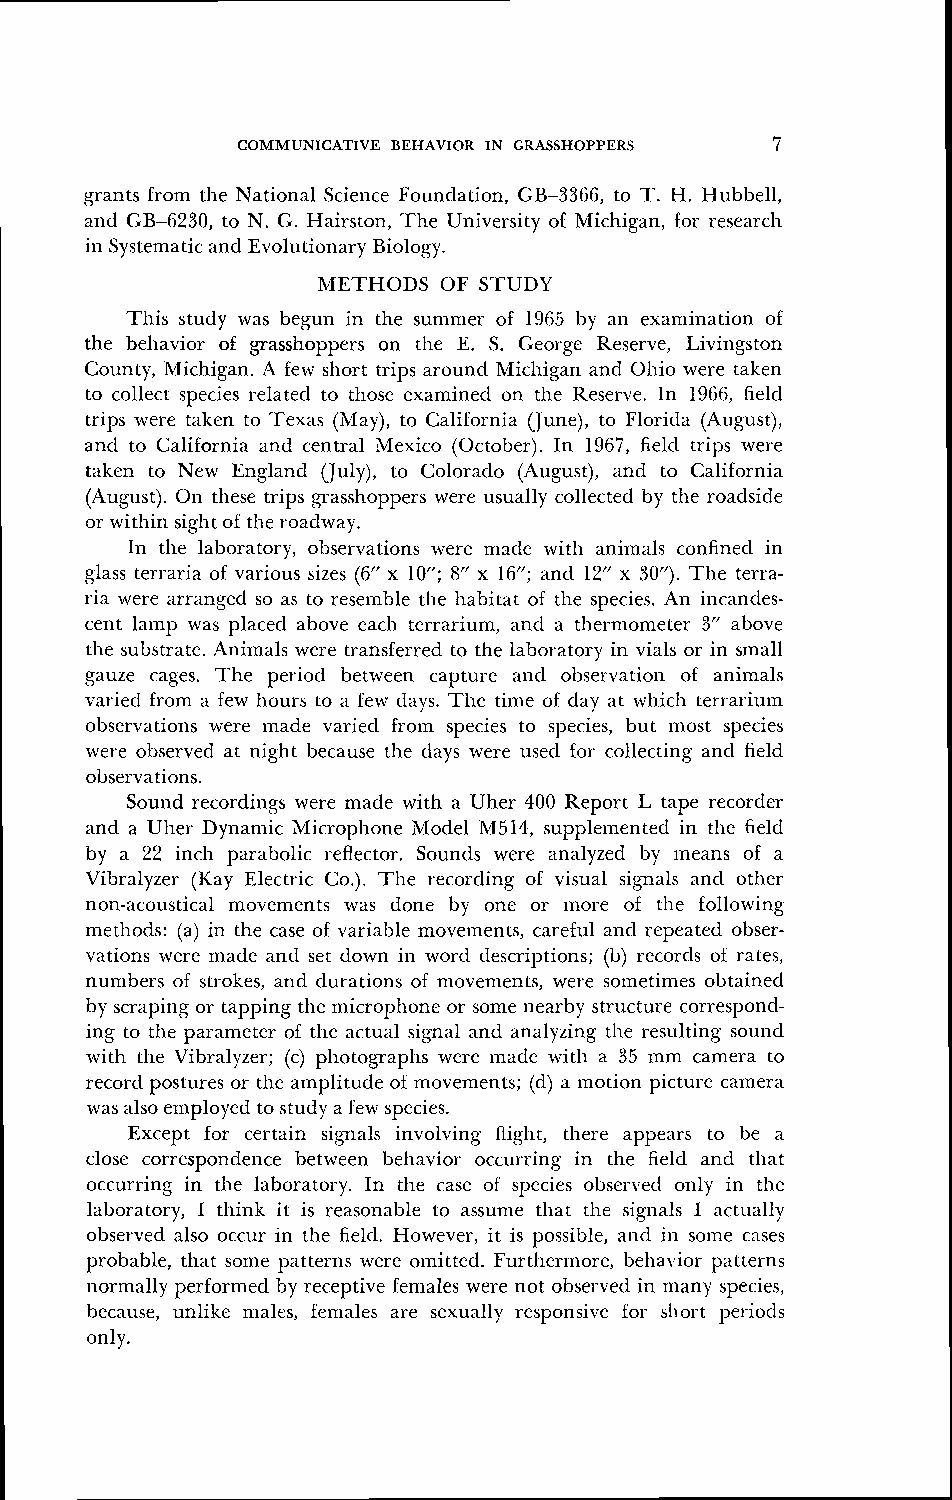
COMMUNICATIVE BEHAVIOR IN GRASSHOPPERS 7
 grants from the National Science Foundation, GB-3366, to T. H. Hubbell,
 and GU-6230, to N. G. Hairston, The University of Michigan, for research
 in Systematic and Evolutionary Biology.
 METHODS OF STUDY
 This study was begun in the summer of 1965 by an examination of
 the behavior of grasshoppers on the E. S. George Reserve, Livingston
 County, Michigan. A few short trips around Michigan and Ohio were taken
 to collect species related to those examined on the Reserve. In 1966, field
 trips were taken to Texas (May), to California (June), to Florida (August),
 and to California and central Mexico (October). In 1967, field trips were
 taken to New England (July), to Colorado (August), and to California
 (August). On these trips grasslloppers were usually collected by the roadside
 or within sight ol the roadway.
 In the laboratory, observations were made with animals confined in
 glass terraria of various sizes (6" x 10"; 8" x 16"; and 12" x SO"). The terra-
 ria were arranged so as to resemble the habitat of the species. An incandes-
 cent lamp was placed above each terrarium, and a thermometer 3" above
 the substrate. Anirnals were transferred to the laboratory in vials or in small
 gauze cages. The period between capture and observation of animals
 varied from a few hours to a few days. The time of day at which terrarium
 observations were made varied from species to species, but most species
 were observecl at night because the days were used for collecting and field
 observations.
 Sound recordings were made with a Uher 400 Report L tape recorder
 and a Uller Dynamic Microphone Model M514, supplemented in the field
 by a 22 inch parabolic reflector. Sounds were analyzed by means of a
 Vibralyzer (Kay Electric Co.). The recording of visual signals and other
 non-acoustical movements was done by one or lllore of the following
 metllods: (a) in the case of variable movements, careful and repeated obser-
 . .
 vations were made and set down in word descriptions; (b) records of rates,
 nuinbers of strokes, and durations of movements, were sornetirnes obtained
 by scraping or tapping the microphone or some nearby structure correspond-
 ing to the parameter of the actual signal and analyzing the resulting sorlild
 with the Vibralyzer; (c) pllotographs were made with a 35 mm camera to
 record postures or the alnplitude of movements; (d) a motion picture camera
 was also ernployed to study a iew species.
 Except for certain signals involving flight, there appears to be a
 close correspondence between behavior occurring in the field and that
 occurring in the laboratory. In the case of species observed only in the
 laboratory, I think it is reasonable to assume that the signals 1 ;ictually
 observed also occur in the field. However, it is possible, and ill some cases
 probable, that some patterns were omitted. Furthermore, behavior patterns
 norinally performed by receptive females were not observed in many species,
 because, unlike males, females are sexually responsive for short periods
 only.